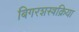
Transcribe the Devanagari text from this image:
बिगरशस्त्रक्रिया